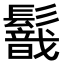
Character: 𩯈